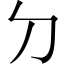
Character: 𠚣